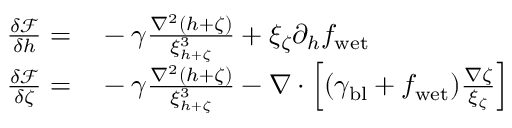
\begin{array} { r l } { \frac { \delta \mathcal { F } } { \delta h } = } & { { } - \gamma \frac { \nabla ^ { 2 } ( h + \zeta ) } { \xi _ { h + \zeta } ^ { 3 } } + \xi _ { \zeta } \partial _ { h } f _ { \mathrm { w e t } } } \\ { \frac { \delta \mathcal { F } } { \delta \zeta } = } & { { } - \gamma \frac { \nabla ^ { 2 } ( h + \zeta ) } { \xi _ { h + \zeta } ^ { 3 } } - \nabla \cdot \left[ ( \gamma _ { \mathrm { b l } } + f _ { \mathrm { w e t } } ) \frac { \nabla \zeta } { \xi _ { \zeta } } \right] } \end{array}